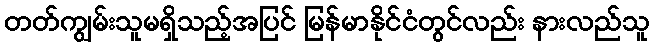
တတ်ကျွမ်းသူမရှိသည့်အပြင် မြန်မာနိုင်ငံတွင်လည်း နားလည်သူ